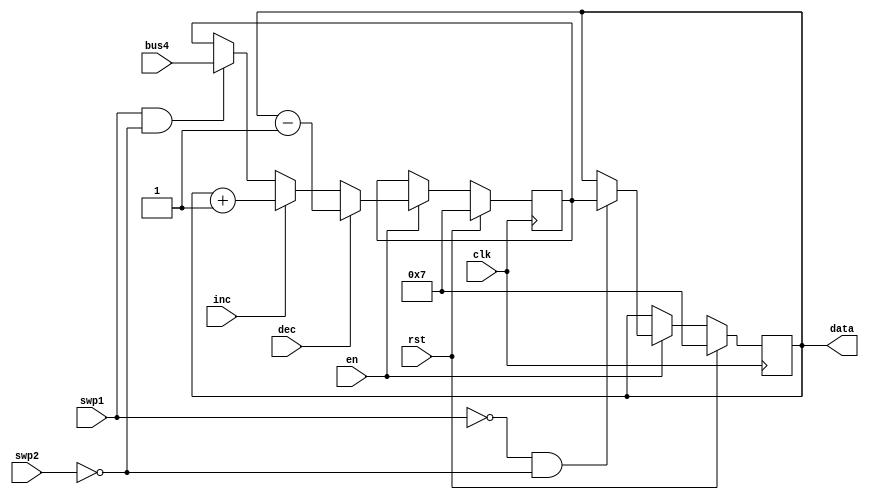
`timescale 1ns / 1ps
//////////////////////////////////////////////////////////////////////////////////
// Company: 
// Engineer: 
// 
// Design Name: 
// Module Name:    Ra 
// Project Name: 
// Target Devices: 
// Tool versions: 
// Description: 
//
// Dependencies: 
//
// Revision: 
// Revision 0.01 - File Created
// Additional Comments: 
//
//////////////////////////////////////////////////////////////////////////////////
module R11(inc,dec,en,swp1,swp2,clk,bus4,rst,data
    );
input inc,dec,en,swp1,swp2,clk,rst;
input [17:0] bus4;
output reg [17:0] data= 18'd7;
reg [17:0] swpreg= 18'd7;

always @ (negedge clk) begin
	if (rst) begin
	   data<= 18'd7; 
		swpreg<= 18'd7;
		end
	else if (en) begin
	   if (swp1 & !swp2)
		swpreg<= bus4;
		
		if (inc) 
		swpreg <= data+1; //Incrementing 3FFFF results in 0
		
		if (dec)
		swpreg <= data-1;
		
	if (!swp1 & !swp2)
		data <= swpreg;
	 
	end

end
		
endmodule